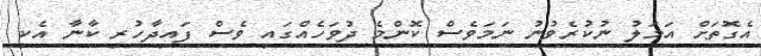
އެގޮތަށް އަމަލު ނުކުރެވުނު ނަމަވެސް ކޮންމެ ދުވަހެއްގައި ވެސް ފައިދާހުރި ކާނާ އެކި